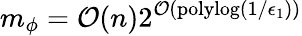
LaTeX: m_{\phi}=\mathcal{O}(n)2^{\mathcal{O}(\mathrm{polylog}(1/\epsilon_{1}))}